Calcutta medical institutions reports 1871-78
Year: 1871
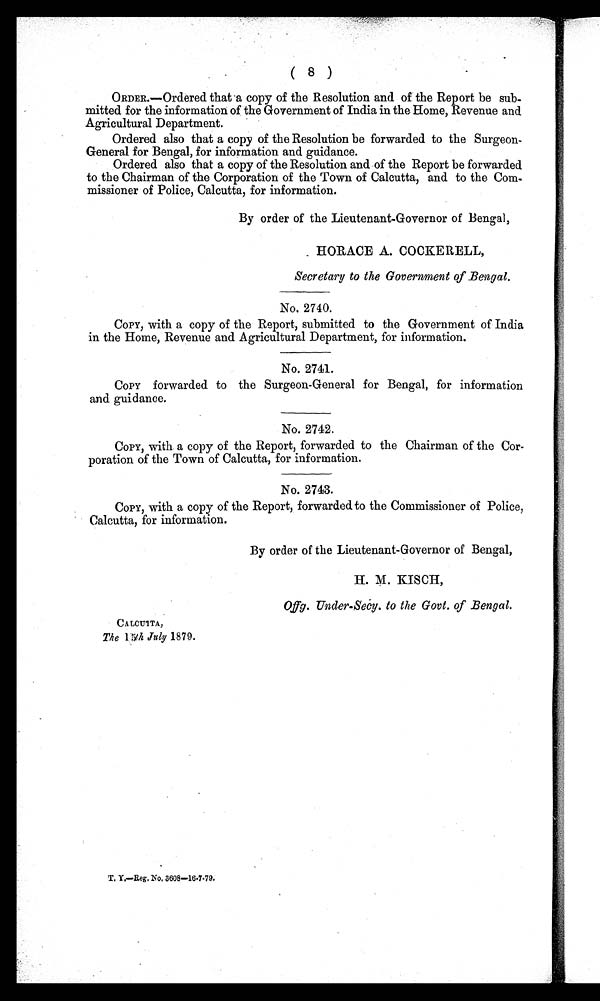
( 8 )
ORDER.—Ordered that a copy of the Resolution and of the Report be sub
-
mitted for the information of the Government of India in the Home, Revenue and
Agricultural Department.
Ordered also that a copy of the Resolution be forwarded to the Surgeon
-
General for Bengal, for information and guidance.
Ordered also that a copy of the Resolution and of the Report be forwarded
to the Chairman of the Corporation of the Town of Calcutta, and to the Com--
missioner of Police, Calcutta, for information.
By order of the Lieutenant-Governor of Bengal,
HORACE A. COCKERELL,
Secretary to the Government of Bengal.
No. 2740.
COPY, with a copy of the Report, submitted to the Government of India
in the Home, Revenue and Agricultural Department, for information.
No. 2741.
COPY forwarded to the Surgeon-General for Bengal, for information
and guidance.
No. 2742.
COPY, with a copy of the Report, forwarded to the Chairman of the Cor-
poration of the Town of Calcutta, for information.
No. 2743.
COPY, with a copy of the Report, forwarded to the Commissioner of Police,
Calcutta, for information.
By order of the Lieutenant-Governor of Bengal,
H. M. KISCH,
Offg. Under-Secy. to the Govt. of Bengal.
CALCUTTA,
The 15th July 1879.
T. Y.—Reg. No. 3608—16.7.79.